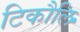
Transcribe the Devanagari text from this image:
टिकौलि